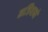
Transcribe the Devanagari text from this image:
कजियानो